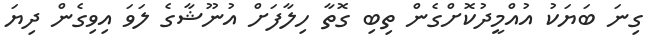
ގިނަ ބަޔަކު އުއްމީދުކޮށްގެން ތިބި ގޮތާ ހިލާފަށް އުނޫޝާގެ ލަވަ އިވިގެން ދިޔަ